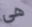
هي